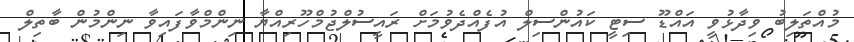
މުއްތަލިބު ވިދާޅުވީ އައްޑޫ ސިޓީ ކައުންސިލް އުފެއްދެވުމަށް ރައީސުލްޖުމްހޫރިއްޔާ ނިންމްވާފައިވާ ނިންމުން ބާތިލް